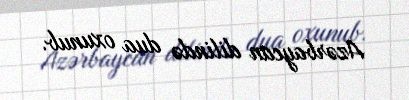
Azərbaycan dilində dua oxunub.